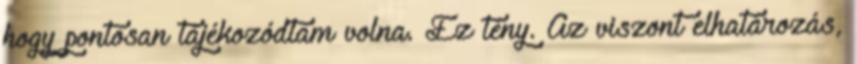
hogy pontosan tájékozódtam volna. Ez tény. Az viszont elhatározás,